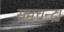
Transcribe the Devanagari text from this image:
रामचन्द्रः।